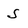
Character: S